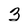
Character: 3